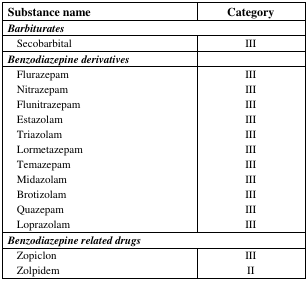
| Substance name | Category |
 | --- | --- |
 | <COLSPAN=2> Barbiturates |
 | Secobarbital | III |
 | Benzodiazepine derivatives |  |
 | Flurazepam | III |
 | Nitrazepam | III |
 | Flunitrazepam | III |
 | Estazolam | III |
 | Triazolam | III |
 | Lormetazepam | III |
 | Temazepam | III |
 | Midazolam | III |
 | Brotizolam | III |
 | Quazepam | III |
 | Loprazolam | III |
 | <COLSPAN=2> Benzodiazepine related drugs |
 | Zopiclon | III |
 | Zolpidem | II |